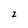
Character: 2